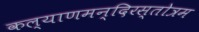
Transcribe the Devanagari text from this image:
कल्याणमन्दिरस्तोत्रम